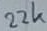
Text: 22k